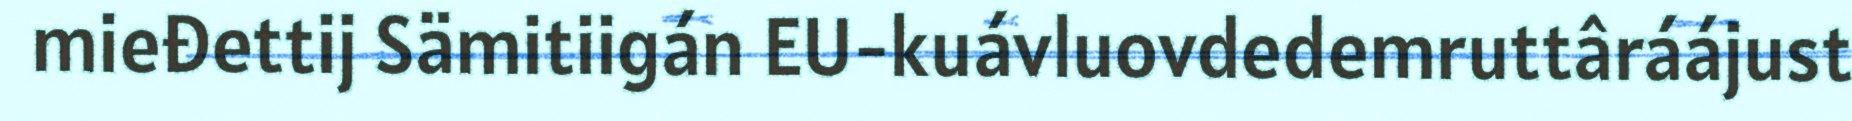
mieđettij Sämitiigán EU-kuávluovdedemruttâráájust